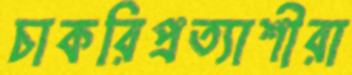
চাকরিপ্রত্যাশীরা